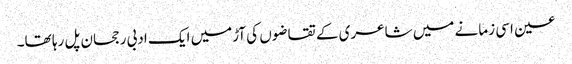
عین اسی زمانے میں شاعری کے تقاضوں کی آڑمیں ایک ادبی رجحان پل رہا تھا۔